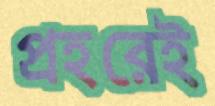
প্রহরেই